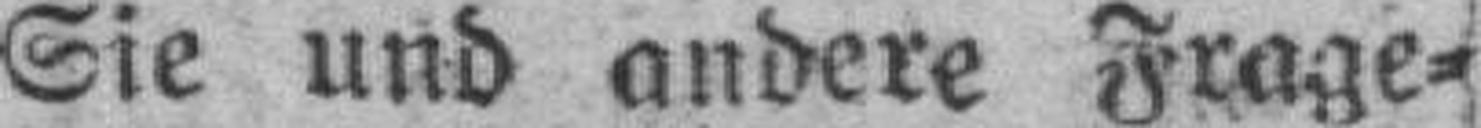
Sie und andere Frage¬